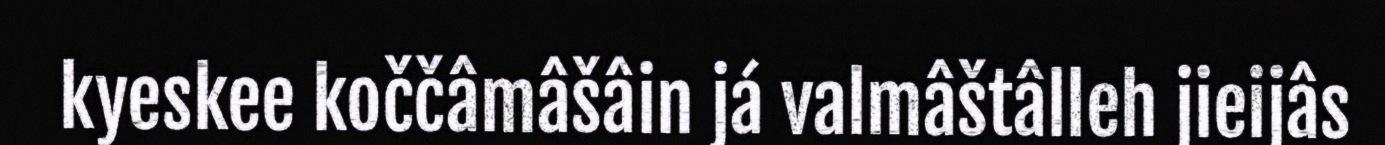
kyeskee koččâmâšâin já valmâštâlleh jieijâs